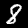
Label: 8